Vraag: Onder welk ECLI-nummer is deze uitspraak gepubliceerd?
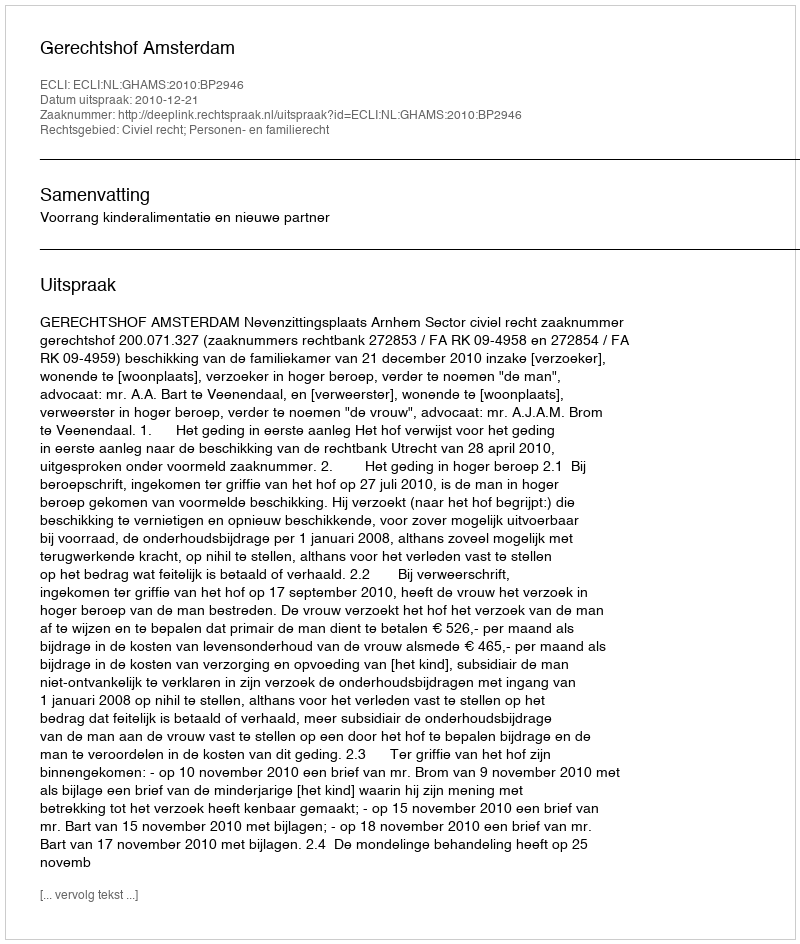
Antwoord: ECLI:NL:GHAMS:2010:BP2946